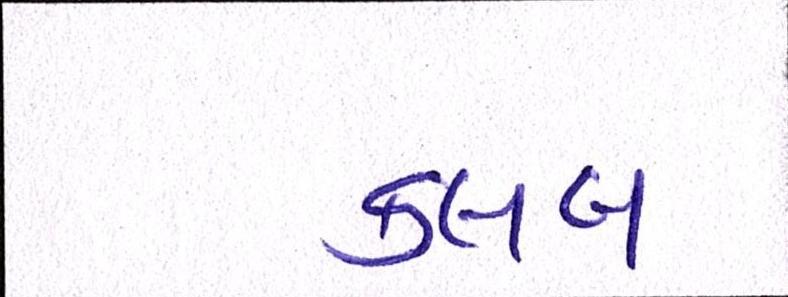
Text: ક્લબ